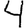
Digit: 4